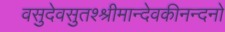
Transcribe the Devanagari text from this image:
वसुदेवसुतश्श्रीमान्देवकीनन्दनो